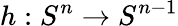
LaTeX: h:S^{n}\to S^{n-1}